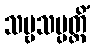
သဗ္ဗသမ္ပတ္တိံ